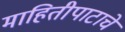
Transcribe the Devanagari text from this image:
माहितीपाटाचे